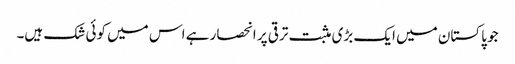
جو پاکستان میں ایک بڑی مثبت ترقی پر انحصار ہے اس میں کوئی شک ہیں۔